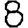
Digit: 8